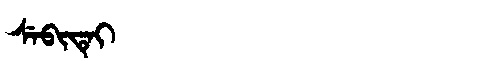
Manchu: ᠰᡝᠪᡳᡨᡝᡳ
Romanization: SEBITEI